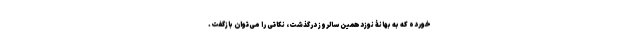
خورده که به بهانۀ نوزدهمین سالروز درگذشت، نکاتی را می‌توان بازگفت.